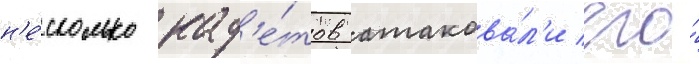
н'е́сколько кад'е́тов атакова́л'и его́